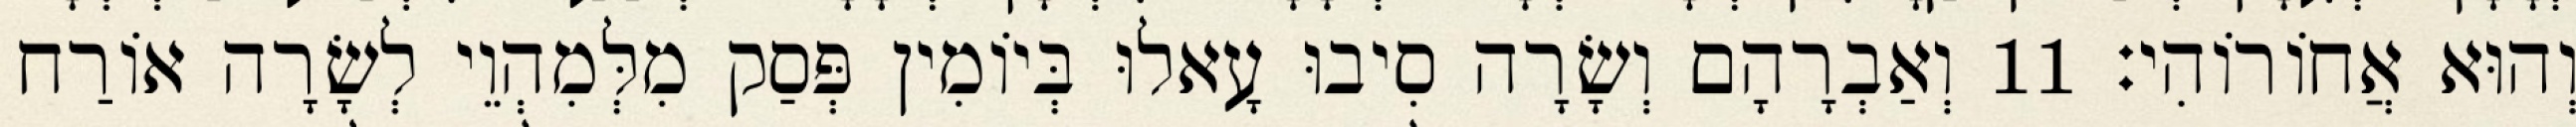
וְהוּא אֲחוֹרוֹהִי׃ 11 וְאַבְרָהָם וְשָׂרָה סִיבוּ עָאלוּ בְּיוֹמִין פְּסַק מִלְּמִהְוֵי לְשָׂרָה אוֹרַח